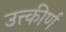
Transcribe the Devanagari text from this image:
उत्त्कीर्ण